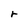
Character: r